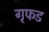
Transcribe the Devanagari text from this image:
गृफड